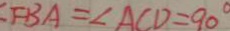
F B A = \angle A C D = 9 0 ^ { \circ }